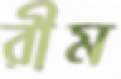
রীম